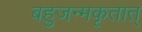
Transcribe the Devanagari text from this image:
बहुजन्मकृतात्